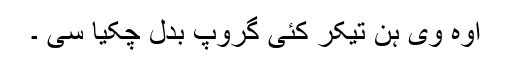
اوہ وی ہن تیکر کئی گروپ بدل چکیا سی ۔